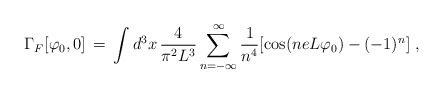
\begin{align*}\Gamma_F[\varphi_0, 0]\,=\, \int d^3x\, \frac{4}{\pi^2 L^3}\sum_{n=-\infty}^{\infty} \frac{1}{n^4} [\cos(n e L \varphi_0) -(-1)^n ] \;,\end{align*}